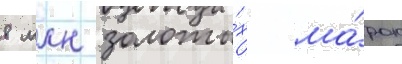
8 млн золоты́х ма́рок